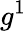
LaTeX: g^{1}